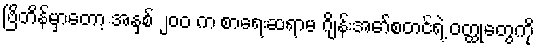
ဗြိတိန်မှာတော့ အနှစ် ၂၀၀ က စာရေးဆရာမ ဂျိန်းအော်စတင်ရဲ့ ဝတ္ထုတွေကို